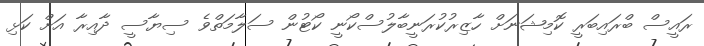
ރައީސް ބްރައިބަރީ ކޮމިޝަނަށް ހާޒިރުކުރަނީބާލުސްކޯނީ ކޯޓުން ސަލާމަތްވެ ސިޔާސީ ދާއިރާ އަށް ކަޅި